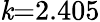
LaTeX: \mathit{k}{=}2.405